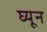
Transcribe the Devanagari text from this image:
घ्यून